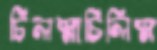
চিলস্নাচিলিস্ন